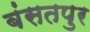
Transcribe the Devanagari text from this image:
बंसतपुर